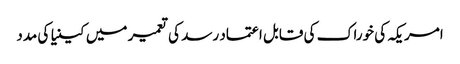
امریکہ کی خوراک کی قابل اعتماد رسد کی تعمیر میں کینیا کی مدد